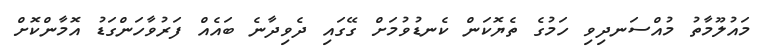
މައުލޫމާތު މުއްސަނދިވި ހަމުގެ ތެޔޮކަން ކެނޑުވުމަށް ގޭގައި ދެވިދާނެ ބައެއް ފަރުވާހަންގަޑު އޮމާންކޮށް